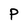
Character: P